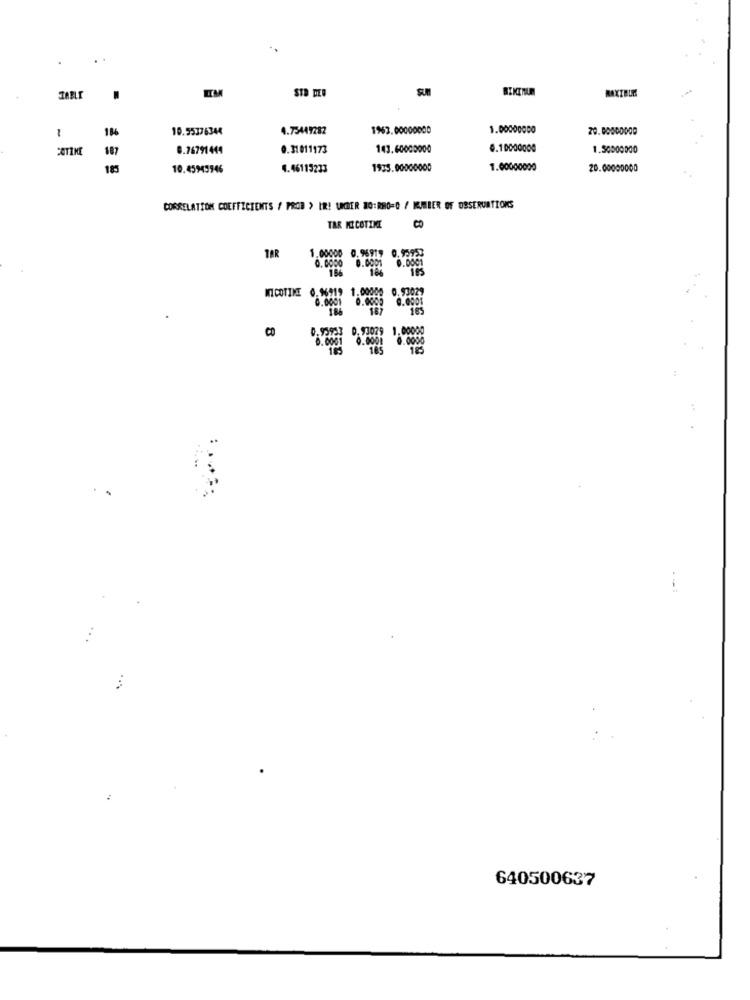
STD DER
MAXIBUM
1%
10.55376344
4.75449282
1963.00000000
1.00000000
20.00000000
-
COTIKE
187
0.76791444
9.31811173
143.60000000
0.10000000
1.50000000
185
10.45945946
4.46115233
1935.00000000
1.00000000
20.00000000
CORRELATION COEFFICIENTS / PROB > IR! UNDER NO:RBO=0 / MJMBER OF OBSERVATIONS
TAR KI COTIME
CO
TAR
1.0008 .0007
0.0 0.00 0 .0
MICOTIME
8
640500637